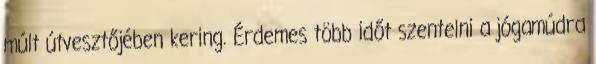
múlt útvesztőjében kering. Érdemes több időt szentelni a jógamúdra